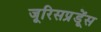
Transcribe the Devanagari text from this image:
जूरिसप्रूडेंस